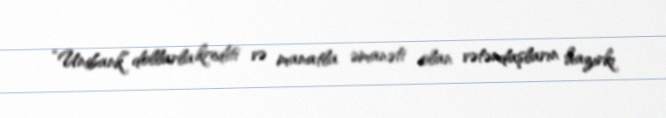
“Unibank” dollarla krediti və manatla əmanəti olan vətəndaşların hazırkı